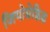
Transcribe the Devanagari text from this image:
जियोग्रेफ़िक